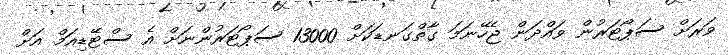
ވަރަށް ސަޕޯޓަރުން ވައްދަން ޖެހޭނަމަ ގާތްގަނޑަކަށް 13000 ސަޕޯޓަރުންނަށް އެ ސްޓޭޑިއަމް އަށް